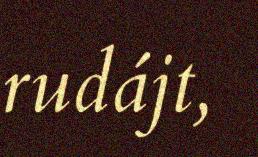
rudájt,